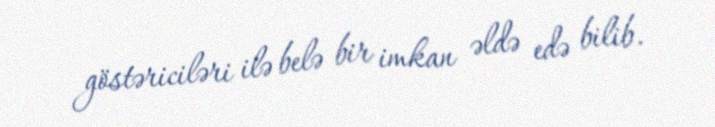
göstəriciləri ilə belə bir imkan əldə edə bilib.